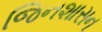
જિનશાસન